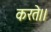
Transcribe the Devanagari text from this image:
करते।।